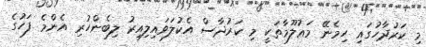
މި ކަރުދާހުގައި ހިމެނޭ މަޢުލޫމާތަކީ މި ކަރުދާސް އެކުލަވައިލިއިރު ލިބެންހުރި އެންމެ ފަހުގެ